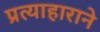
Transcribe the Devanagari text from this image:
प्रत्याहाराने